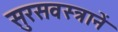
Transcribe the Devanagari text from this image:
सुरसवस्त्रानें